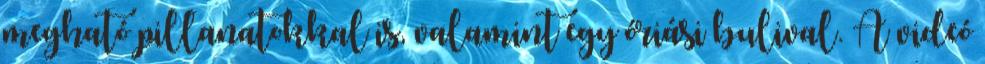
megható pillanatokkal is, valamint egy óriási bulival. A videó